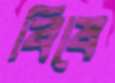
বিষে